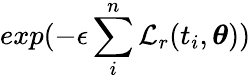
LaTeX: exp(-\epsilon\sum_{i}^{n}\mathcal{L}_{r}(t_{i},\boldsymbol{\theta}))